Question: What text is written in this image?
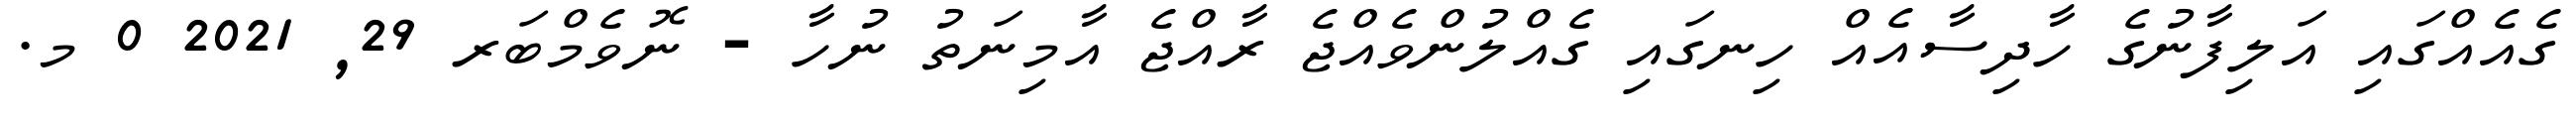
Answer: ގެއެއްގައި އަލިފާނުގެ ހާދިސާއެއް ހިނގައި ގެއްލުންވެއްޖެ ރާއްޖެ އާމިނަތު ނުހާ - ނޮވެމްބަރ 29, 2021 0 މ.